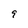
Character: 9